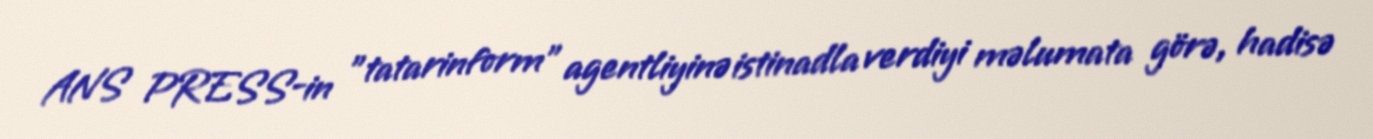
ANS PRESS-in "tatarinform" agentliyinə istinadla verdiyi məlumata görə, hadisə